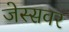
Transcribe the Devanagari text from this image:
जेस्सवर